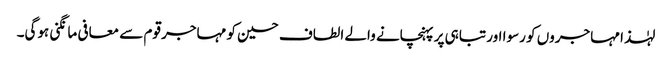
لہٰذا مہاجروں کو رسوا اور تباہی پر پہنچانے والے الطاف حسین کو مہاجر قوم سے معافی مانگنی ہوگی۔